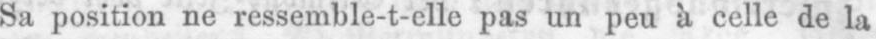
Sa position ne ressemble-t-elle pas un peu à celle de la